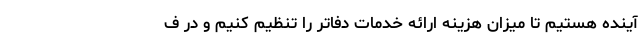
آینده هستیم تا میزان هزینه ارائه خدمات دفاتر را تنظیم کنیم و در ف